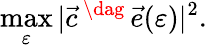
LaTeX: \operatorname*{max}_{\varepsilon}|\vec{c}^{\, \dag}\, \vec{e}(\varepsilon)|^{2}.